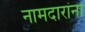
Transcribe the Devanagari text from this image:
नामदारांना